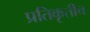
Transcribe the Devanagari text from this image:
प्रतिकृतीच